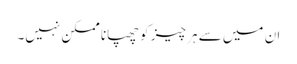
ان میں سے ہر چیز کو چھپانا ممکن نہیں۔